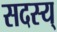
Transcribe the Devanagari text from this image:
सदस्य्